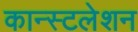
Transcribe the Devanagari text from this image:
कान्स्टलेशन